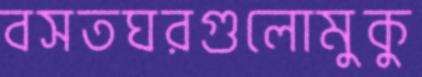
বসতঘরগুলোমুকু